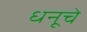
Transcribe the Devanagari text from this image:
धनूचे